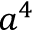
a ^ { 4 }